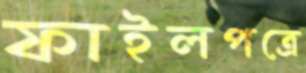
ফাইলপত্রে